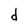
Character: d